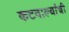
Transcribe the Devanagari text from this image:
कटवाल्यांची